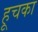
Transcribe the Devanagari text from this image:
हूचका